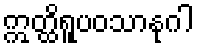
ဣတ္ထိရူပဝသာနုဂါ